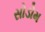
સોડોમ